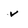
Character: v